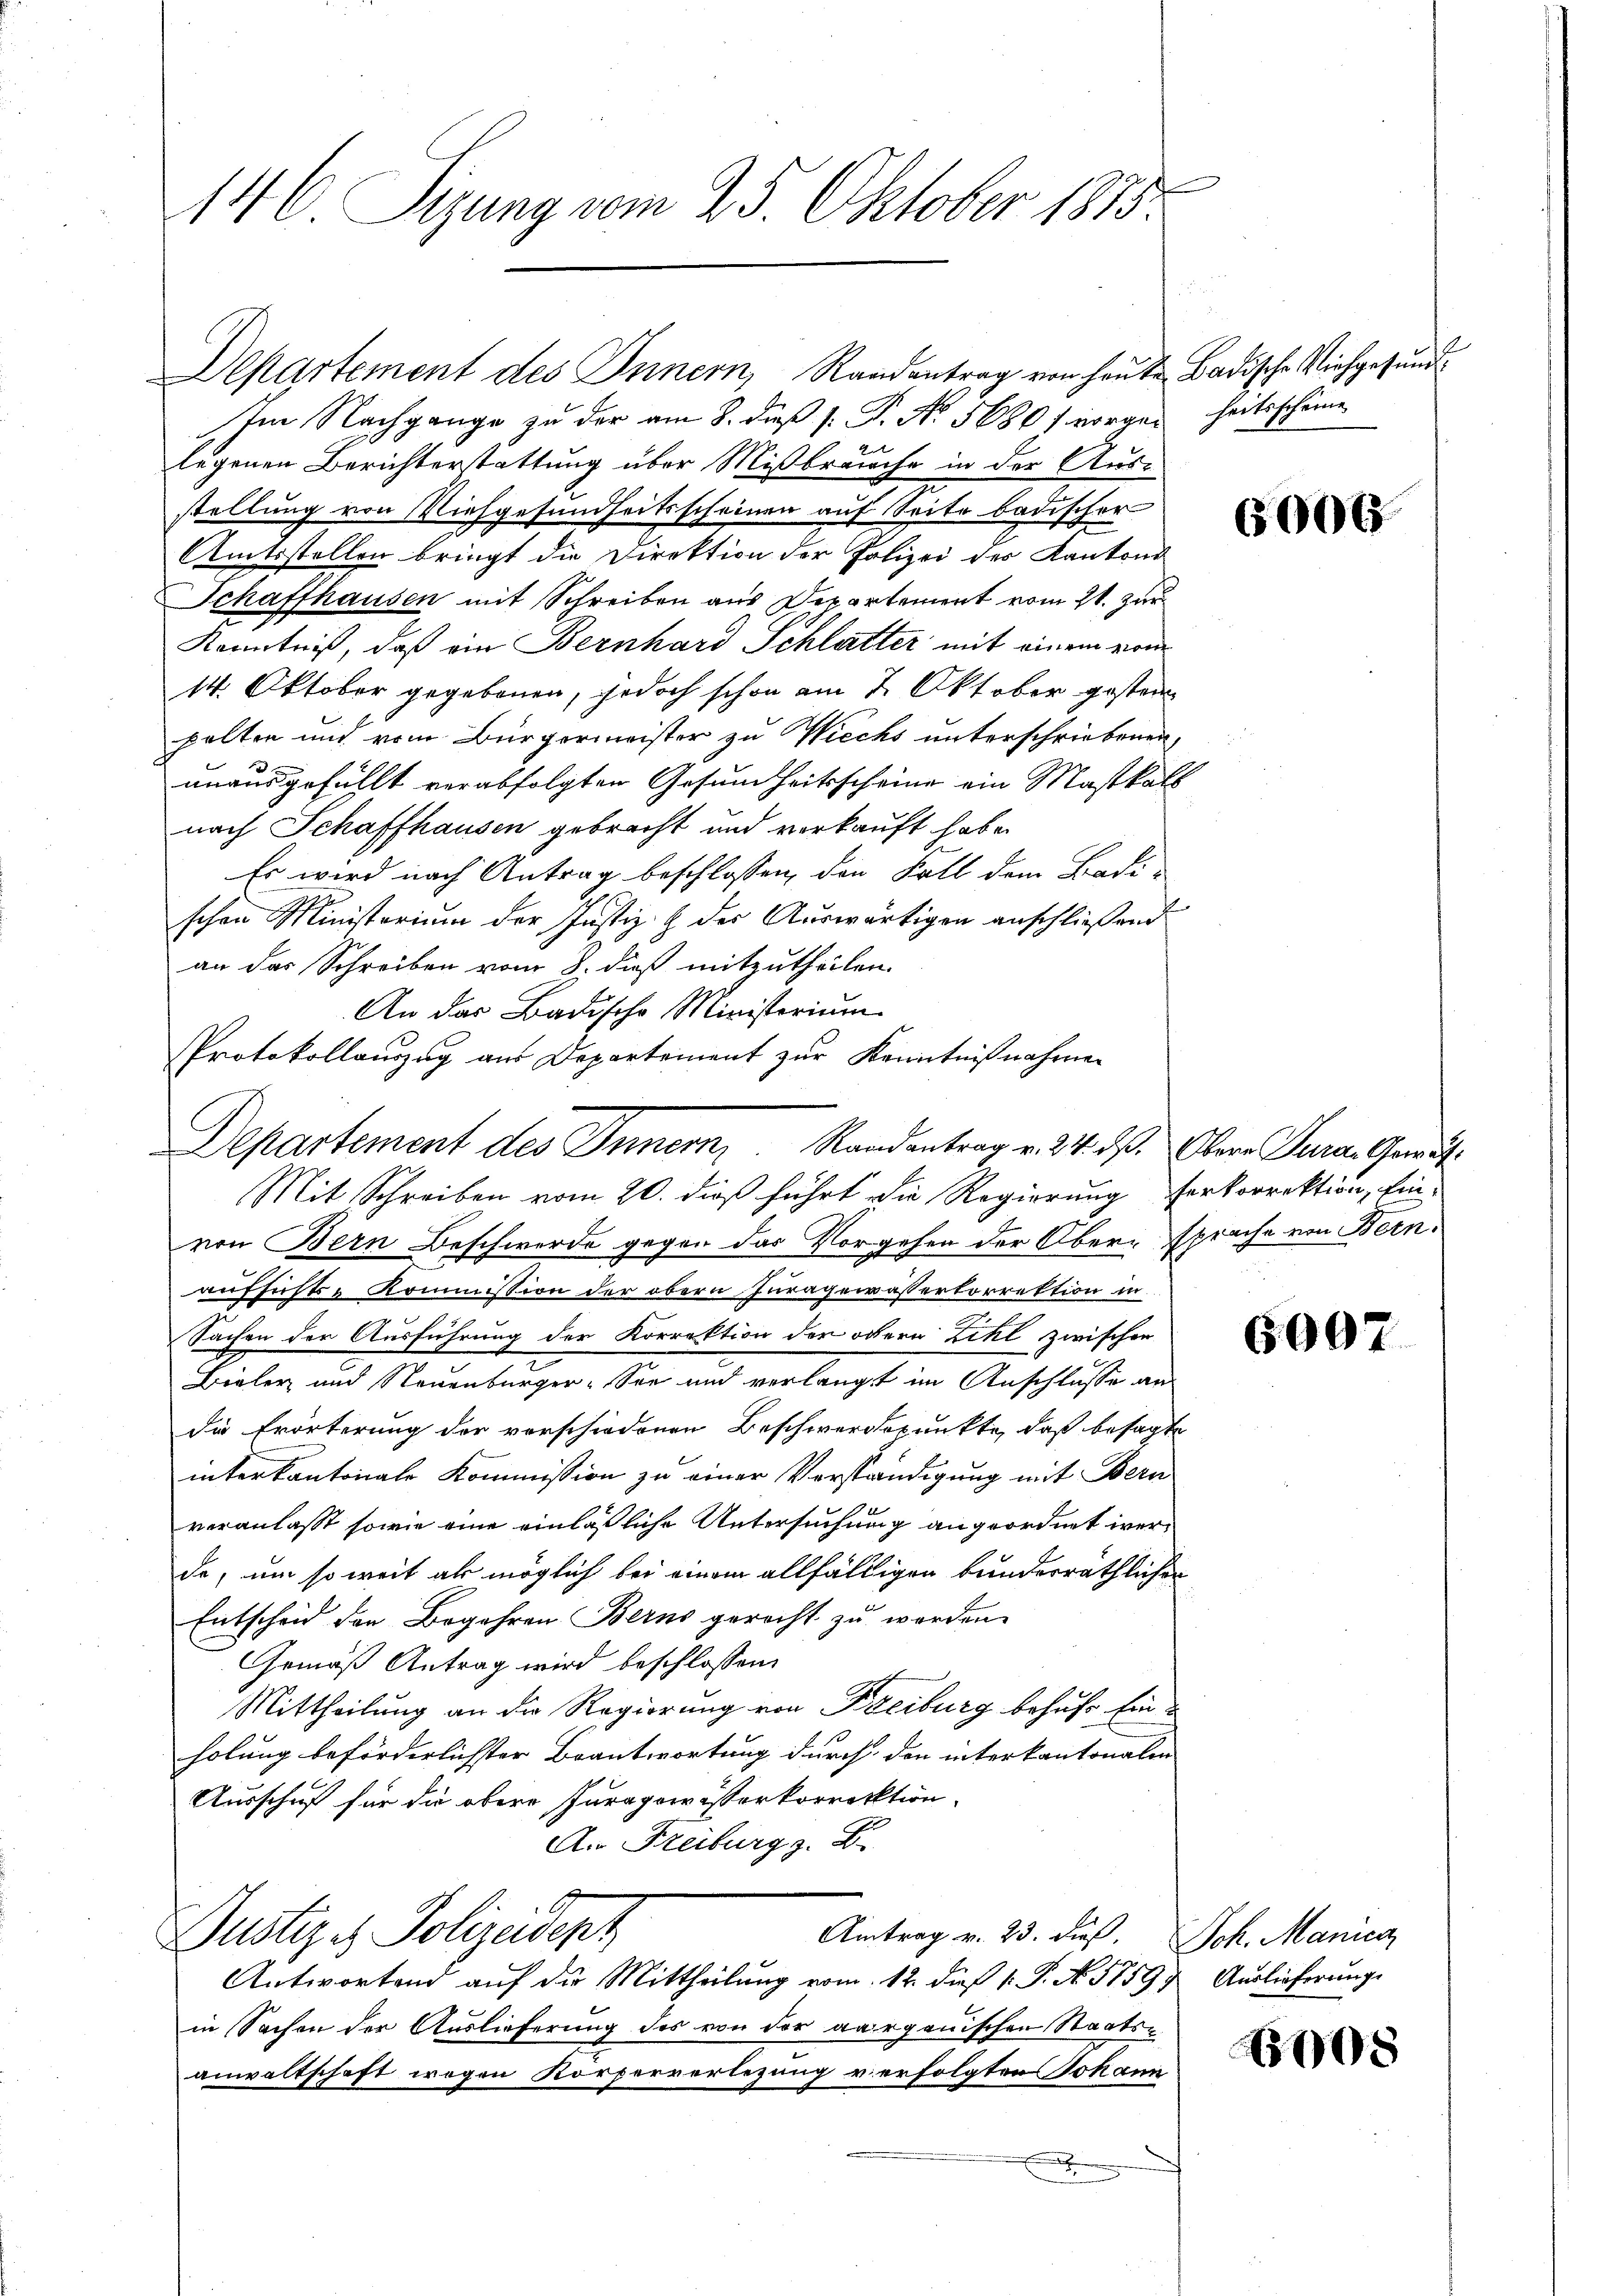
146 Sizung vom 25. Oktober 1815.

An das Badische Ministerium
Protokollauszug aus Departement zur Kenntnißnahmen
Departement des Innern, Randentrag v. 24. dß. Obern Jura. Greut
Mit Schreiben vom 20. dieß führt die Regierung verkorrektion, Ein¬

Departement des Innern, Randantrag von heute Badische Nichgesund¬
Im Nachgange zu der am 8. dieß (. P. No 5680 f vorgen heitsscheine
legenen Berichterstattung über Mißbräuche in der Ausstellung von Viehgesundheitsscheinen auf Seite badischer
Amtsstellen bringt die Direktion der Polizei des Kantons
Schaffhausen mit Schreiben aus Departement vom 21. zur
Kenntniß, daß ein Bernhard Schlatter mit einem vom
14. Oktober gegebenen, jedoch schon am 2. Oktober gestern
palten und vom Bürgermeister zu Wiecks unterschriebenen
anausgefühlt verabfolgten Gesundheitsscheine ein Maskals
nach Schaffhausen gebracht und vorkauft habe.
Es wird nach Antrag beschlossen, den Fall dem Badischen Ministerium der Justiz- & der Auswärtigen anschließend
an das Schreiben vom 8. dieß mitzutheilen.
von Bern Beschwerde gegen das Vorgehen der Ober-prache von Bern.
aufsichte Kommission der obern Juragewässerkorrektion in
Sachen der Ausführung der Korrektion der odern Zihl zwischen
Bieler und Neuenburger-See und verlangt im Anschlüsse an
die Erörterung der verschiedenen Beschwerdspunkte, daß besagte
inter kantonale Kommission zu einer Verständigung mit Bern
veranlasst sowie eine einläßliche Untersuchung angeordnet werde, um so weit als möglich bei einem allfälligen bunderräthlicher
Entscheid den Begehren Berns gerecht zu werden.
Gemäß Antrag wird beschlossen:
Mittheilung an die Regierung von Freiburg behufs Einholung beförderlichster Beantwortung durch den interkantonalen
Ausschuf für die obere Juragewisserkorrektion
An Freiburg z. B.
Justiz - Polizeidept
Aintrag v. 23. Fuß. Joh. Manier
Antwortend auf die Mittheilung vom 12. dieß 1. P. N. 5759. Auslieferung
in Sachen der Auslieferung des von der aarganischen Staats-
anwaltschaft wegen Körperverlegung verfolgten Johann
x

6006.

600

08